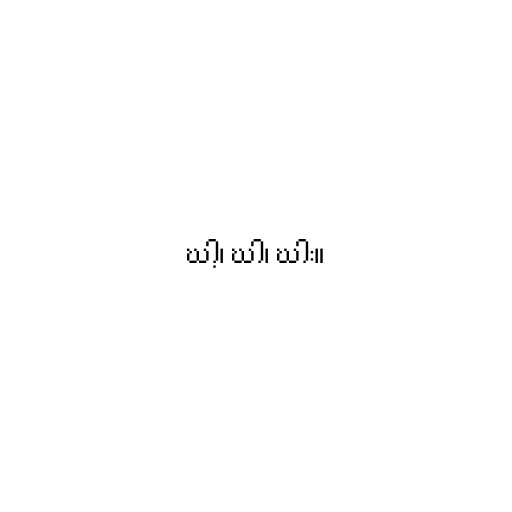
ဃါ့၊ ဃါ၊ ဃါး။